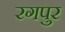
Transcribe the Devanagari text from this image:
रगपुर